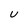
Character: U